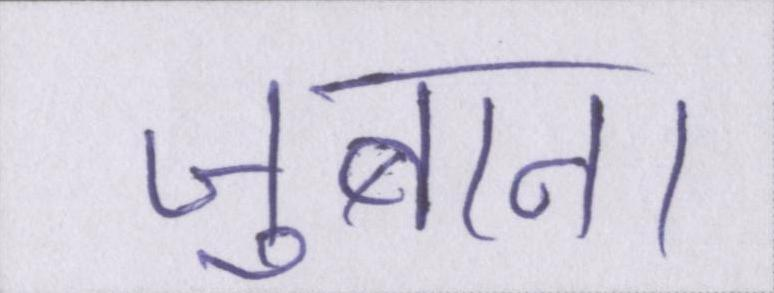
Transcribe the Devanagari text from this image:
जुबान।